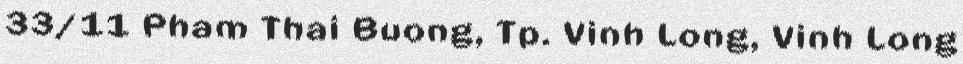
33/11 Pham Thai Buong, Tp. Vinh Long, Vinh Long